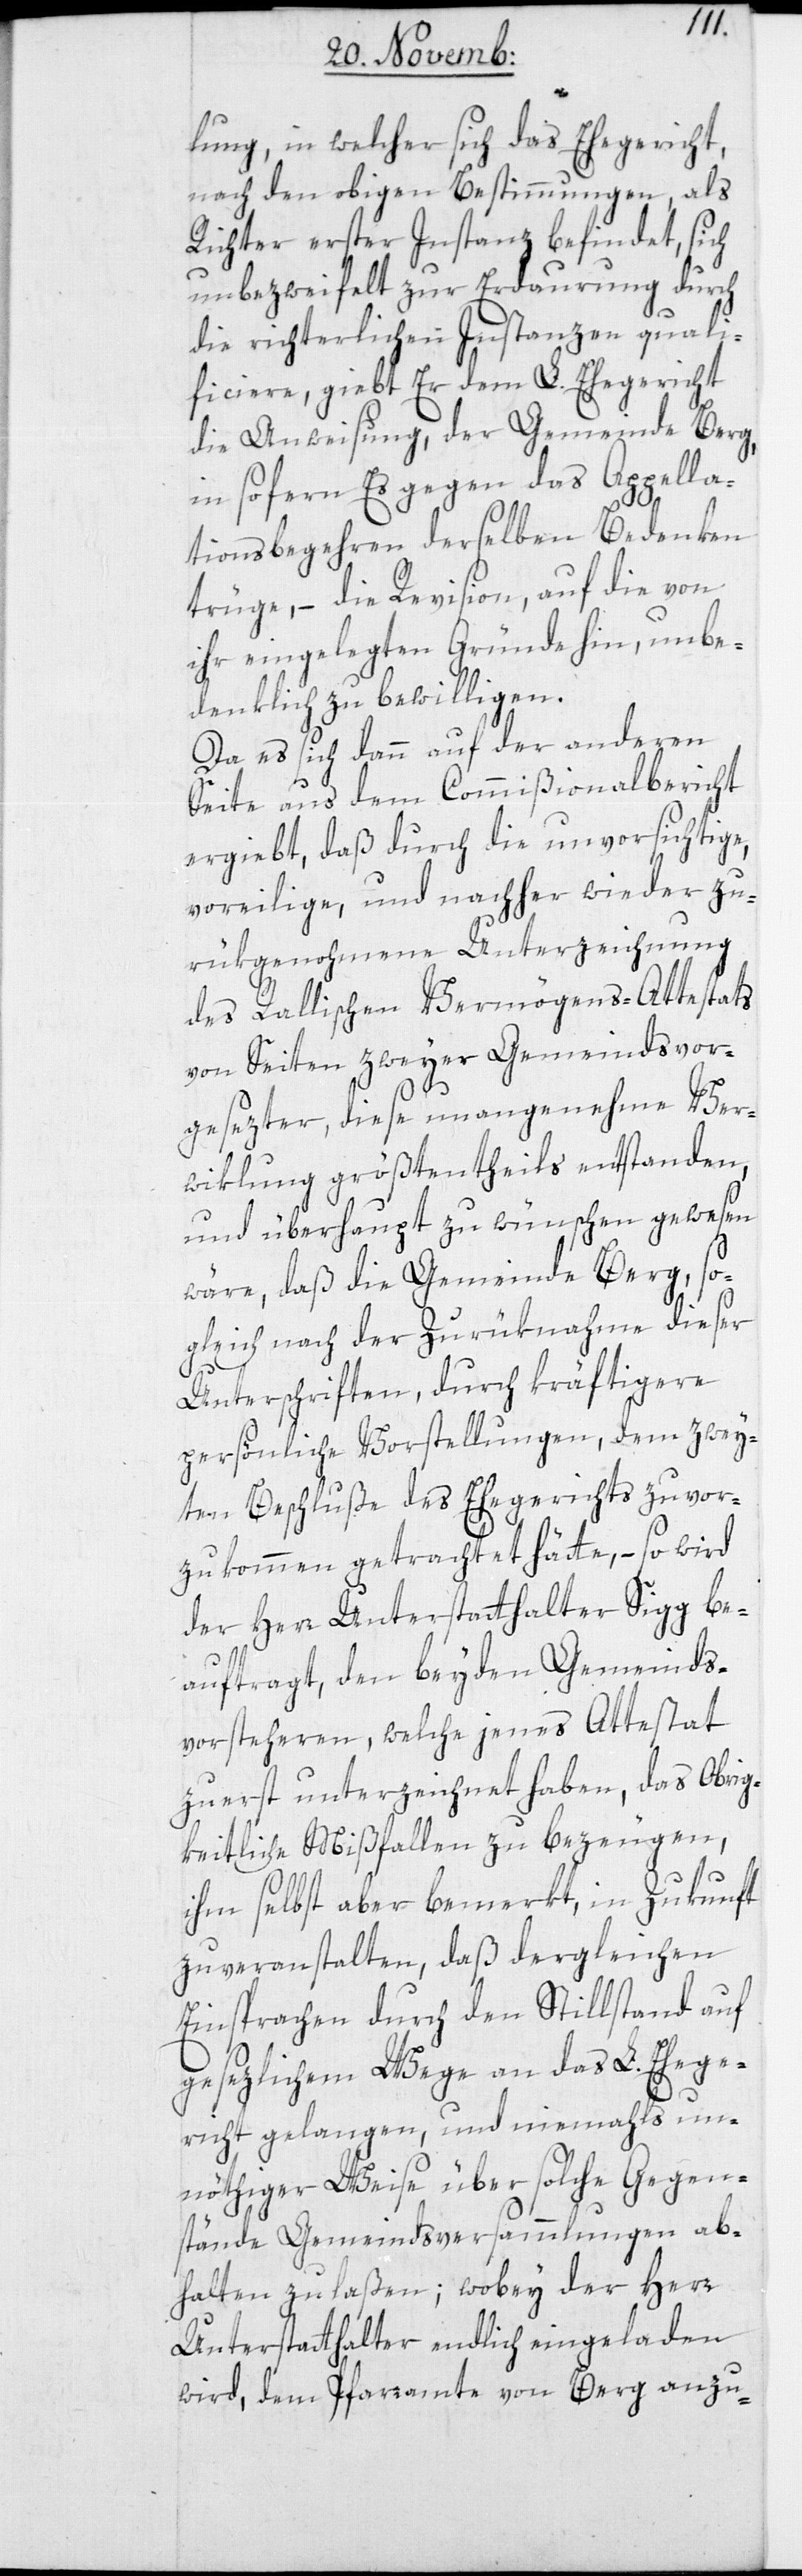
lung, in welcher sich das Ehegericht,
nach den obigen Bestimmungen als
Richter erster Instanz befindet, sich
unbezweifelt zur Erdaurung durch
die richterlichen Instanzen quali¬
ficiere, gibt er dem L. Ehegericht
die Anweisung, der Gemeinde Berg
in sofern Es gegen das Appella¬
tionsbegehren derselben Bedenken
trüge, – die Revision auf die von
ihr eingelegten Gründe hin, unbe¬
denklich zu bewilligen.
Da es sich dann auf der anderen
Seite aus dem Commißionalbericht
ergiebt, daß durch die unvorsichtige,
voreilige und nachher wieder zu¬
rükgenohmene Unterzeichnung
des Rallischen Vermögens-Attestats
von Seiten zweyer Gemeindsvor¬
gesezter, diese unangenehme Ver¬
wiklung größtentheils entstanden,
und überhaupt zu wünschen gewesen
wäre, daß die Gemeinde Berg, so¬
gleich nach der Zurüknahme dieser
Unterschriften, durch kräftigere
persönliche Vorstellungen, dem zwey¬
ten Beschluße des Ehegerichts zuvor¬
zukommen getrachtet hätte, – so wird
der Herr Unterstatthalter Sigg be¬
auftragt, den beyden Gemeinds¬
vorstehern, welche jenes Attestat
zuerst unterzeichnet haben, das Obrig¬
keitliche Mißfallen zu bezeugen,
ihm selbst aber bemerkt, in Zukunft
zu veranstalten, daß dergleichen
Einsprachen durch den Stillstand auf
gesetzlichem Wege an das L. Ehege¬
richt gelangen, und niemahls un¬
nöthiger Weise über solche Gegen¬
stände Gemeindsversammlungen ab¬
halten zu laßen; wobey der Herr
Unterstatthalter endlich eingeladen
wird, dem Pfarramte von Berg anzu-